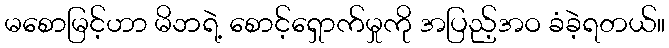
မစောမြင့်ဟာ မိဘရဲ့ စောင့်ရှောက်မှုကို အပြည့်အဝ ခံခဲ့ရတယ်။